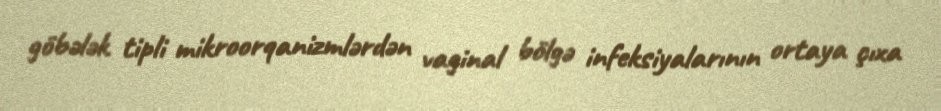
göbələk tipli mikroorqanizmlərdən vaginal bölgə infeksiyalarının ortaya çıxa